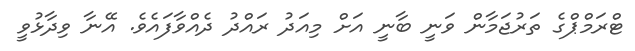
ޓްރަމްޕްގެ ތަރުޖަމާން ވަނީ ބާނީ އަށް މިއަދު ރައްދު ދެއްވާފައެވެ. އޭނާ ވިދާޅުވީ